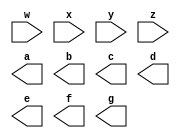
`timescale 1ns / 1ps
//////////////////////////////////////////////////////////////////////////////////
// Company: 
// Engineer: 
// 
// Design Name: 
// Module Name: 7segments
// Project Name: 
// Target Devices: 
// Tool Versions: 
// Description: 
// 
// Dependencies: 
// 
// Revision:
// Revision 0.01 - File Created
// Additional Comments:
// 
//////////////////////////////////////////////////////////////////////////////////


module segments7(
    input w,
    input x,
    input y,
    input z,
    output a,
    output b,
    output c,
    output d,
    output e,
    output f,
    output g
    );
    
endmodule